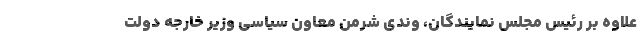
علاوه بر رئیس مجلس نمایندگان، وندی شرمن معاون سیاسی وزیر خارجه دولت